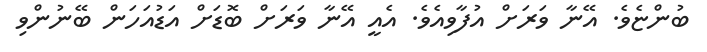
ބުންޏެވެ. އޭނާ ވަރަށް އުފާވިއެވެ. އެއީ އޭނާ ވަރަށް ބޮޑަށް އަޑުއަހަން ބޭނުންވި